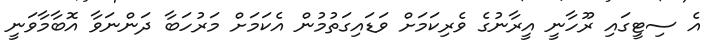
އެ ސިޓީގައި ރޫހާނީ އީރާނުގެ ވެރިކަމަށް ވަޑައިގަތުމުން އެކަމަށް މަރުހަބާ ދަންނަވާ އޮބާމާވަނީ